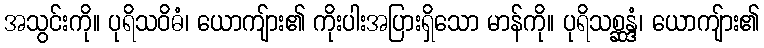
အသွင်းကို။ ပုရိသဝိဓံ၊ ယောကျ်ား၏ ကိုးပါးအပြားရှိသော မာန်ကို။ ပုရိသစ္ဆန္ဒံ၊ ယောကျ်ား၏